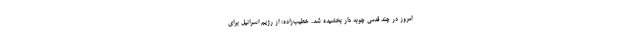
امروز در چند قدمی چوبه دار بخشیده شد. خطیب‌زاده: از رژیم اسرائیل برای